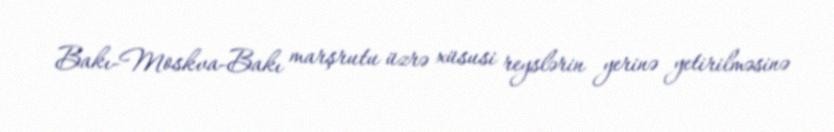
Bakı-Moskva-Bakı marşrutu üzrə xüsusi reyslərin yerinə yetirilməsinə